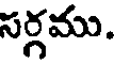
సర్గము.